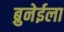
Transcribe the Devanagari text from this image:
ब्रुनेईला